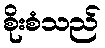
စိုးစံသည်